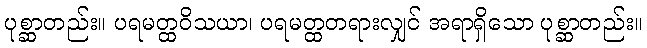
ပုစ္ဆာတည်း။ ပရမတ္ထဝိသယာ၊ ပရမတ္ထတရားလျှင် အရာရှိသော ပုစ္ဆာတည်း။